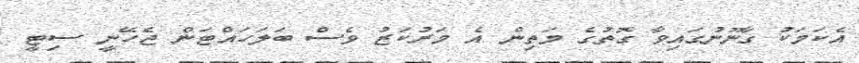
އެކަމަކު ގާނޫނުގައިވާ ގޮތުގެ މަތިން އެ މަރުކަޒު ވެސް ބަލަހައްޓަން ޖެހޭނީ ސިޓީ